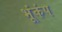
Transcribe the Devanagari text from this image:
भूंकंप